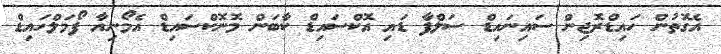
އެގޮތުން ހައިޑްރޮޖިން ސައިނައިޑް ސަލްފާ ޑައި އޮކްސައިޑް ކާބަން މޮނޮކްސައިޑް އެމޯނިއާ ފޯމަލްހައިޑް